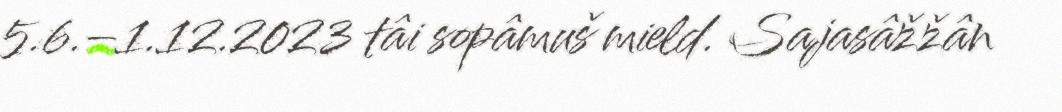
5.6.–1.12.2023 tâi sopâmuš mield. Sajasâžžân